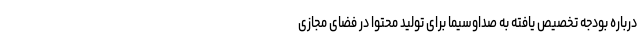
درباره بودجه تخصیص یافته به صداوسیما برای تولید محتوا در فضای مجازی